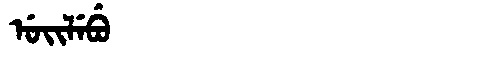
Manchu: ᡠᡳᠯᡝᠪᡠ
Romanization: UILEBU